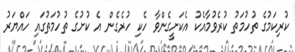
ކުރިކަމުގެ ތުހުމަތު ކުރެވުމާއެކު އެކަށީގެންވާ ހެކި ހުރެގެން އެ ކުށުގެ ތުހުމަތުގައި ހައްޔަރު